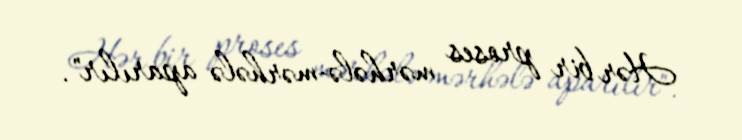
Hər bir proses mərhələ-mərhələ aparılır".